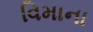
વિમાના